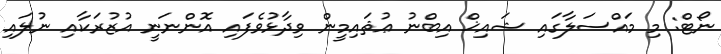
ނޯޓް: މި މައްސަލާގައި ޝައިޚް އިބްނު ޢުޘައިމީން ވިދާޅުވެފައި އޮންނަނީ އުޒުރަކާއި ނުލައި